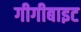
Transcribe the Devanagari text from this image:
गीगीबाइट